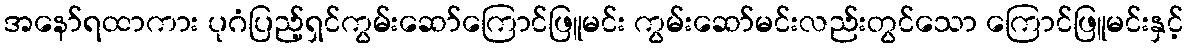
အနော်ရထာကား ပုဂံပြည့်ရှင်ကွမ်းဆော်ကြောင်ဖြူမင်း ကွမ်းဆော်မင်းလည်းတွင်သော ကြောင်ဖြူမင်းနှင့်